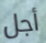
أجل